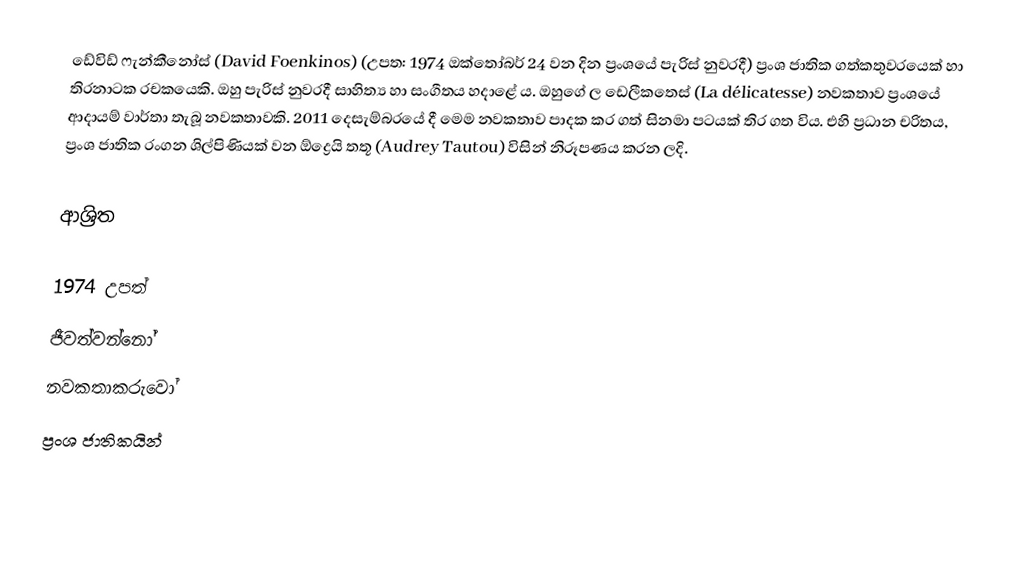
ඩේවිඩ් ෆැන්කීනෝස් (David Foenkinos) (උපත​: 1974 ඔක්තෝබර් 24 වන දින ප්‍රංශයේ පැරිස් නුවරදී) ප්‍රංශ ජාතික ගත්කතුවරයෙක් හා තිරනාටක රචකයෙකි. ඔහු පැරිස් නුවරදී සාහිත්‍ය හා සංගීතය හදාළේ ය​. ඔහුගේ ල ඩෙලීකතෙස්​ (La délicatesse) නවකතාව ප්‍රංශයේ ආදායම් වාර්තා තැබූ නවකතාවකි. 2011 දෙසැම්බරයේ දී මෙම නවකතාව පාදක කර ගත් සිනමා පටයක් තිර ගත විය​. එහි ප්‍රධාන චරිතය, ප්‍රංශ ජාතික රංගන ශිල්පිණියක් වන​ ඕද්‍රෙයි තතූ (Audrey Tautou) විසින් නිරූපණය කරන ලදි.

ආශ්‍රිත

1974 උපත්
ජීවත්වන්නෝ
නවකතාකරුවෝ
ප්‍රංශ ජාතිකයින්